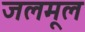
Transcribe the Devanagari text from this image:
जलमूल